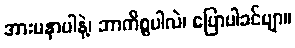
အားမနာပါနဲ့၊ ဘာကိစ္စပါလဲ၊ ပြောပါခင်ဗျာ။